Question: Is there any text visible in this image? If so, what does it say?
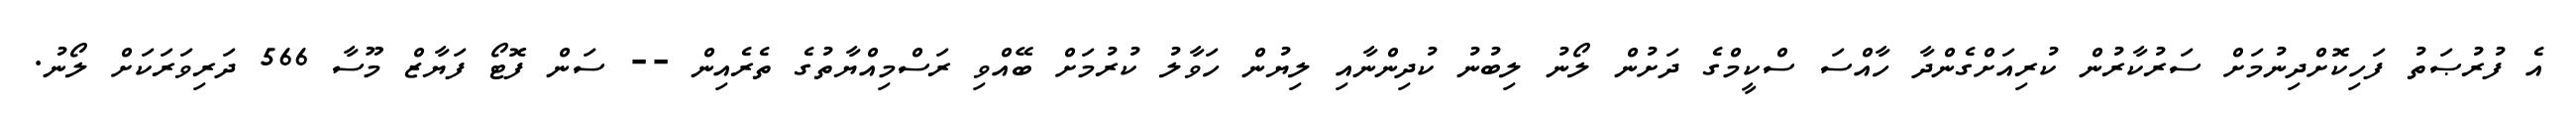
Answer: އެ ފުރުޞަތު ފަހިކޮށްދިނުމަށް ސަރުކާރުން ކުރިއަށްގެންދާ ހާއްސަ ސްކީމްގެ ދަށުން ލޯނު ލިބުނު ކުދިންނާއި ލިޔުން ހަވާލު ކުރުމަށް ބޭއްވި ރަސްމިއްޔާތުގެ ތެރެއިން -- ސަން ފޮޓޯ ފަޔާޒް މޫސާ 566 ދަރިވަރަކަށް ލޯނު.